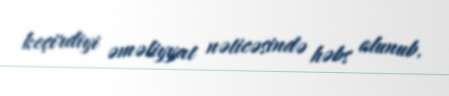
keçirdiyi əməliyyat nəticəsində həbs olunub.